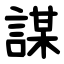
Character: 謀